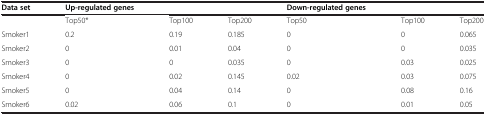
<table><thead><tr><td><b>Data set</b></td><td><b>Up-regulated genes</b></td><td><b> </b></td><td><b> </b></td><td><b>Down-regulated genes</b></td><td><b> </b></td><td><b> </b></td></tr></thead><tbody><tr><td> </td><td>Top50*</td><td>Top100</td><td>Top200</td><td>Top50</td><td>Top100</td><td>Top200</td></tr><tr><td>Smoker1</td><td>0.2</td><td>0.19</td><td>0.185</td><td>0</td><td>0</td><td>0.065</td></tr><tr><td>Smoker2</td><td>0</td><td>0.01</td><td>0.04</td><td>0</td><td>0</td><td>0.035</td></tr><tr><td>Smoker3</td><td>0</td><td>0</td><td>0.035</td><td>0</td><td>0.03</td><td>0.025</td></tr><tr><td>Smoker4</td><td>0</td><td>0.02</td><td>0.145</td><td>0.02</td><td>0.03</td><td>0.075</td></tr><tr><td>Smoker5</td><td>0</td><td>0.04</td><td>0.14</td><td>0</td><td>0.08</td><td>0.16</td></tr><tr><td>Smoker6</td><td>0.02</td><td>0.06</td><td>0.1</td><td>0</td><td>0.01</td><td>0.05</td></tr></tbody></table>